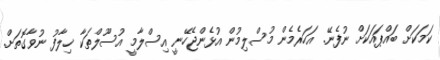
ކަމަކަށް ބައްޕައަކަށް ނުފެނޭ. އަހަރެމެން މުސްލިމުން އުޅެންޖެހޭނީ އިސްލާމީ އުސޫލްތަކާ ޚިލާފު ނުވާގޮތަށް.